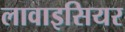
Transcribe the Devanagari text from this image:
लावाइसियर